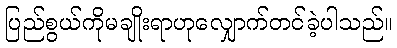
ပြည်စွယ်ကိုမချိုးရာဟုလျှောက်တင်ခဲ့ပါသည်။